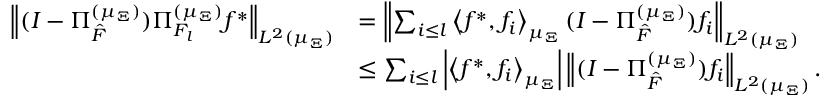
\begin{array} { r l } { \left\| ( I - \Pi _ { \hat { \cal F } } ^ { ( \mu _ { \Xi } ) } ) \Pi _ { { \cal F } _ { l } } ^ { ( \mu _ { \Xi } ) } f ^ { * } \right\| _ { L ^ { 2 } ( \mu _ { \Xi } ) } } & { = \left\| \sum _ { i \leq l } \left\langle f ^ { * } , f _ { i } \right\rangle _ { \mu _ { \Xi } } ( I - \Pi _ { \hat { \cal F } } ^ { ( \mu _ { \Xi } ) } ) f _ { i } \right\| _ { L ^ { 2 } ( \mu _ { \Xi } ) } } \\ & { \leq \sum _ { i \leq l } \left| \left\langle f ^ { * } , f _ { i } \right\rangle _ { \mu _ { \Xi } } \right| \left\| ( I - \Pi _ { \hat { \cal F } } ^ { ( \mu _ { \Xi } ) } ) f _ { i } \right\| _ { L ^ { 2 } ( \mu _ { \Xi } ) } . } \end{array}